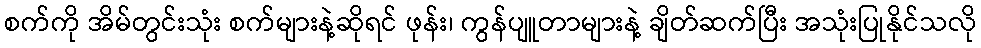
စက်ကို အိမ်တွင်းသုံး စက်များနဲ့ဆိုရင် ဖုန်း၊ ကွန်ပျူတာများနဲ့ ချိတ်ဆက်ပြီး အသုံးပြုနိုင်သလို